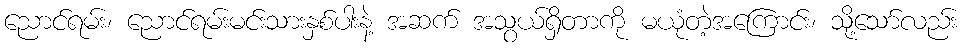
ညောင်ရမ်း၊ ညောင်ရမ်းမင်းသားနှစ်ပါးနဲ့ အဆက် အသွယ်ရှိတာကို မယုံတဲ့အကြောင်း၊ သို့သော်လည်း